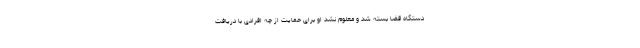
دستگاه قضا بسته شد و معلوم نشد او برای حمایت از چه افرادی با دریافت